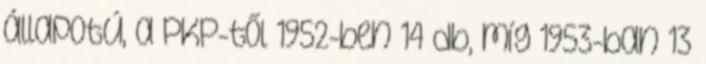
állapotú, a PKP-től 1952-ben 14 db, míg 1953-ban 13